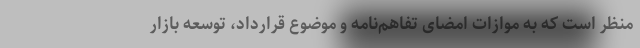
منظر است که به موازات امضای تفاهم‌نامه و موضوع قرارداد، توسعه بازار